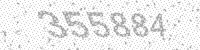
Solution: 355884